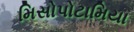
મિસોપોટામિયા